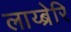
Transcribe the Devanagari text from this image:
लाय्ब्रेरि